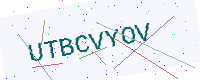
Text: UTBCVYOV